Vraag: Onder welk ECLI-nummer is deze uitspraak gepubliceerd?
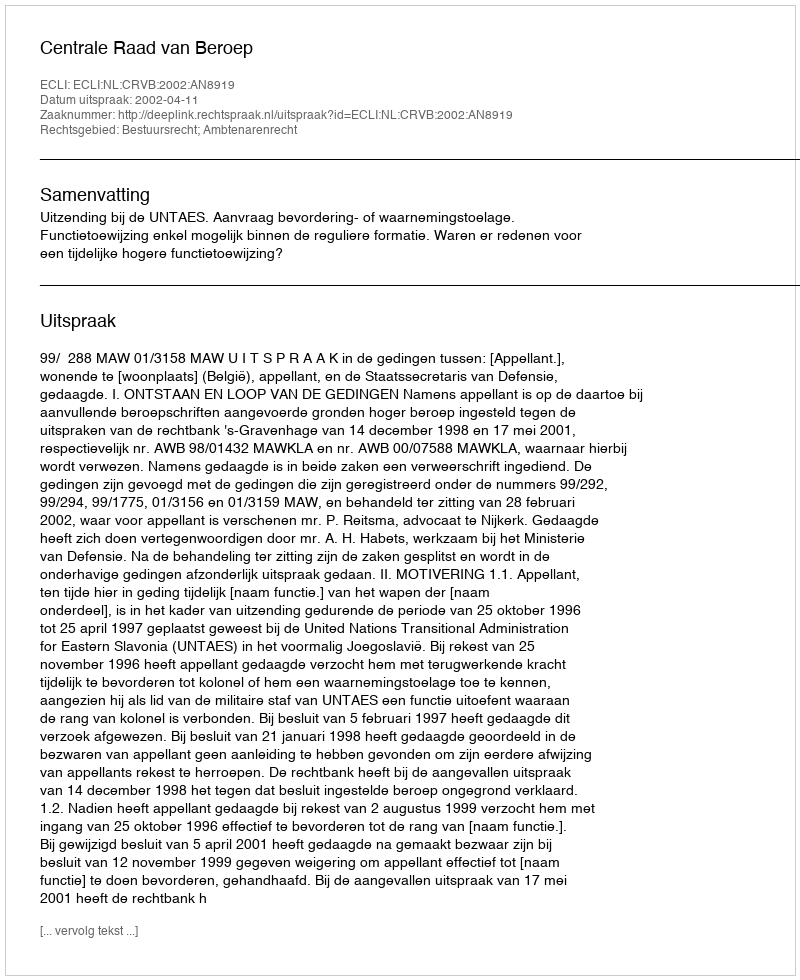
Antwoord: ECLI:NL:CRVB:2002:AN8919